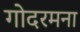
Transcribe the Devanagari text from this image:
गोदरमना